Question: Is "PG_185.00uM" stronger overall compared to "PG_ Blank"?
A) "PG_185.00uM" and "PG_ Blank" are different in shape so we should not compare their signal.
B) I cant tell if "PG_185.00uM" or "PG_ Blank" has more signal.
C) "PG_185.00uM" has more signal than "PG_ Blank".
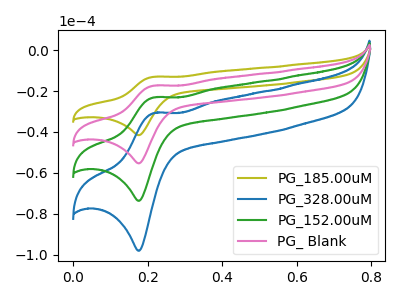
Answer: <think>The olive curve "PG_185.00uM" has an anodic peak at (0.20V, -13.05uA) and a cathodic peak at (0.20V, -41.55uA). The blue curve "PG_328.00uM" has an anodic peak at (0.20V, -52.05uA) and a cathodic peak at (0.20V, -166.00uA). The green curve "PG_152.00uM" has an anodic peak at (0.20V, -34.70uA) and a cathodic peak at (0.20V, -110.65uA). The pink curve "PG_ Blank" has an anodic peak at (0.20V, -17.35uA) and a cathodic peak at (0.20V, -55.35uA).
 All the peaks in "PG_185.00uM" have a peak in "PG_ Blank" at the same potential.</think>
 <answer>B) I cant tell if "PG_185.00uM" or "PG_ Blank" has more signal.</answer>
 <eval>B</eval>